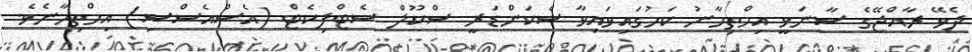
ދެވޭ ރާއްޖޭގެ ސާނަވީ އިމްތިހާނު ކަމުގައިވައިވާ ސެކަންޑަރީ ސްކޫލް ސެޓްފިކެޓް (އެސްއެސްސި) އިމްތިހާނެވެ.